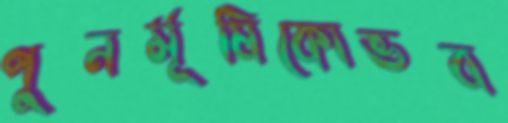
পুনর্মূষিকোভব